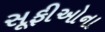
સૂફીઓના